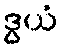
ဒွယံ